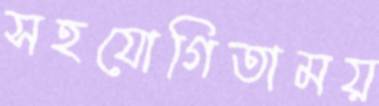
সহযোগিতাময়